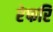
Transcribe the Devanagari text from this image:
रेफरि